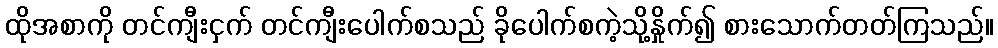
ထိုအစာကို တင်ကျီးငှက် တင်ကျီးပေါက်စသည် ခိုပေါက်စကဲ့သို့နှိုက်၍ စားသောက်တတ်ကြသည်။